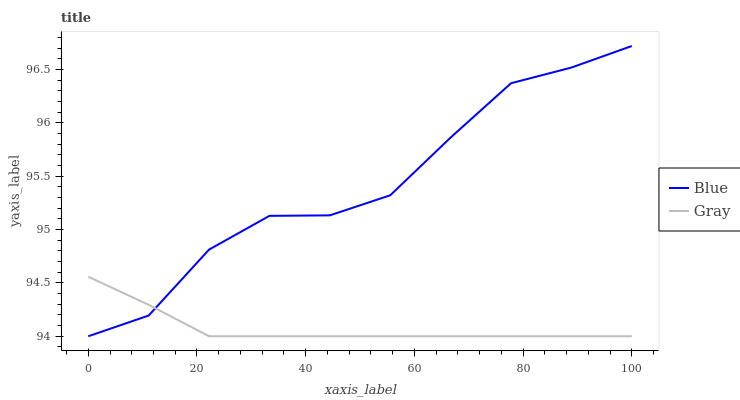
| xaxis_label | Blue | Gray |
 | --- | --- | --- |
 | 0 | 94 | 94.6 |
 | 11.1 | 94.2 | 94.3 |
 | 22.2 | 94.8 | 94 |
 | 33.3 | 95.1 | 94 |
 | 44.4 | 95.1 | 94 |
 | 55.6 | 95.3 | 94 |
 | 66.7 | 95.9 | 94 |
 | 77.8 | 96.4 | 94 |
 | 88.9 | 96.5 | 94 |
 | 100 | 96.7 | 94 |